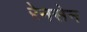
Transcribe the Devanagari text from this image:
रेनसेन